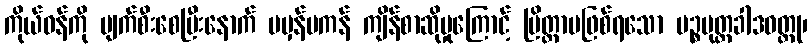
ကိုယ်ဝန်ကို ပျက်စီးစေပြီးနောက် မမှန်မကန် ကျိန်စာဆိုမှုကြောင့် ပြိတ္တာမဖြစ်ရသော ပဉ္စပုတ္တခါဒဝတ္ထု၊